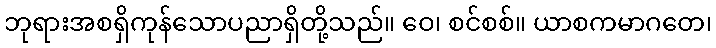
ဘုရားအစရှိကုန်သောပညာရှိတို့သည်။ ဝေ၊ စင်စစ်။ ယာစကမာဂတေ၊